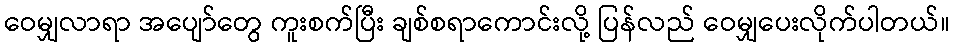
ဝေမျှလာရာ အပျော်တွေ ကူးစက်ပြီး ချစ်စရာကောင်းလို့ ပြန်လည် ဝေမျှပေးလိုက်ပါတယ်။